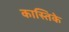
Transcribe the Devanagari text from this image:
कास्तिके